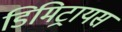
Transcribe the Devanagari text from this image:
डिमिट्रायस